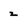
Character: z